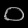
Digit: ၀